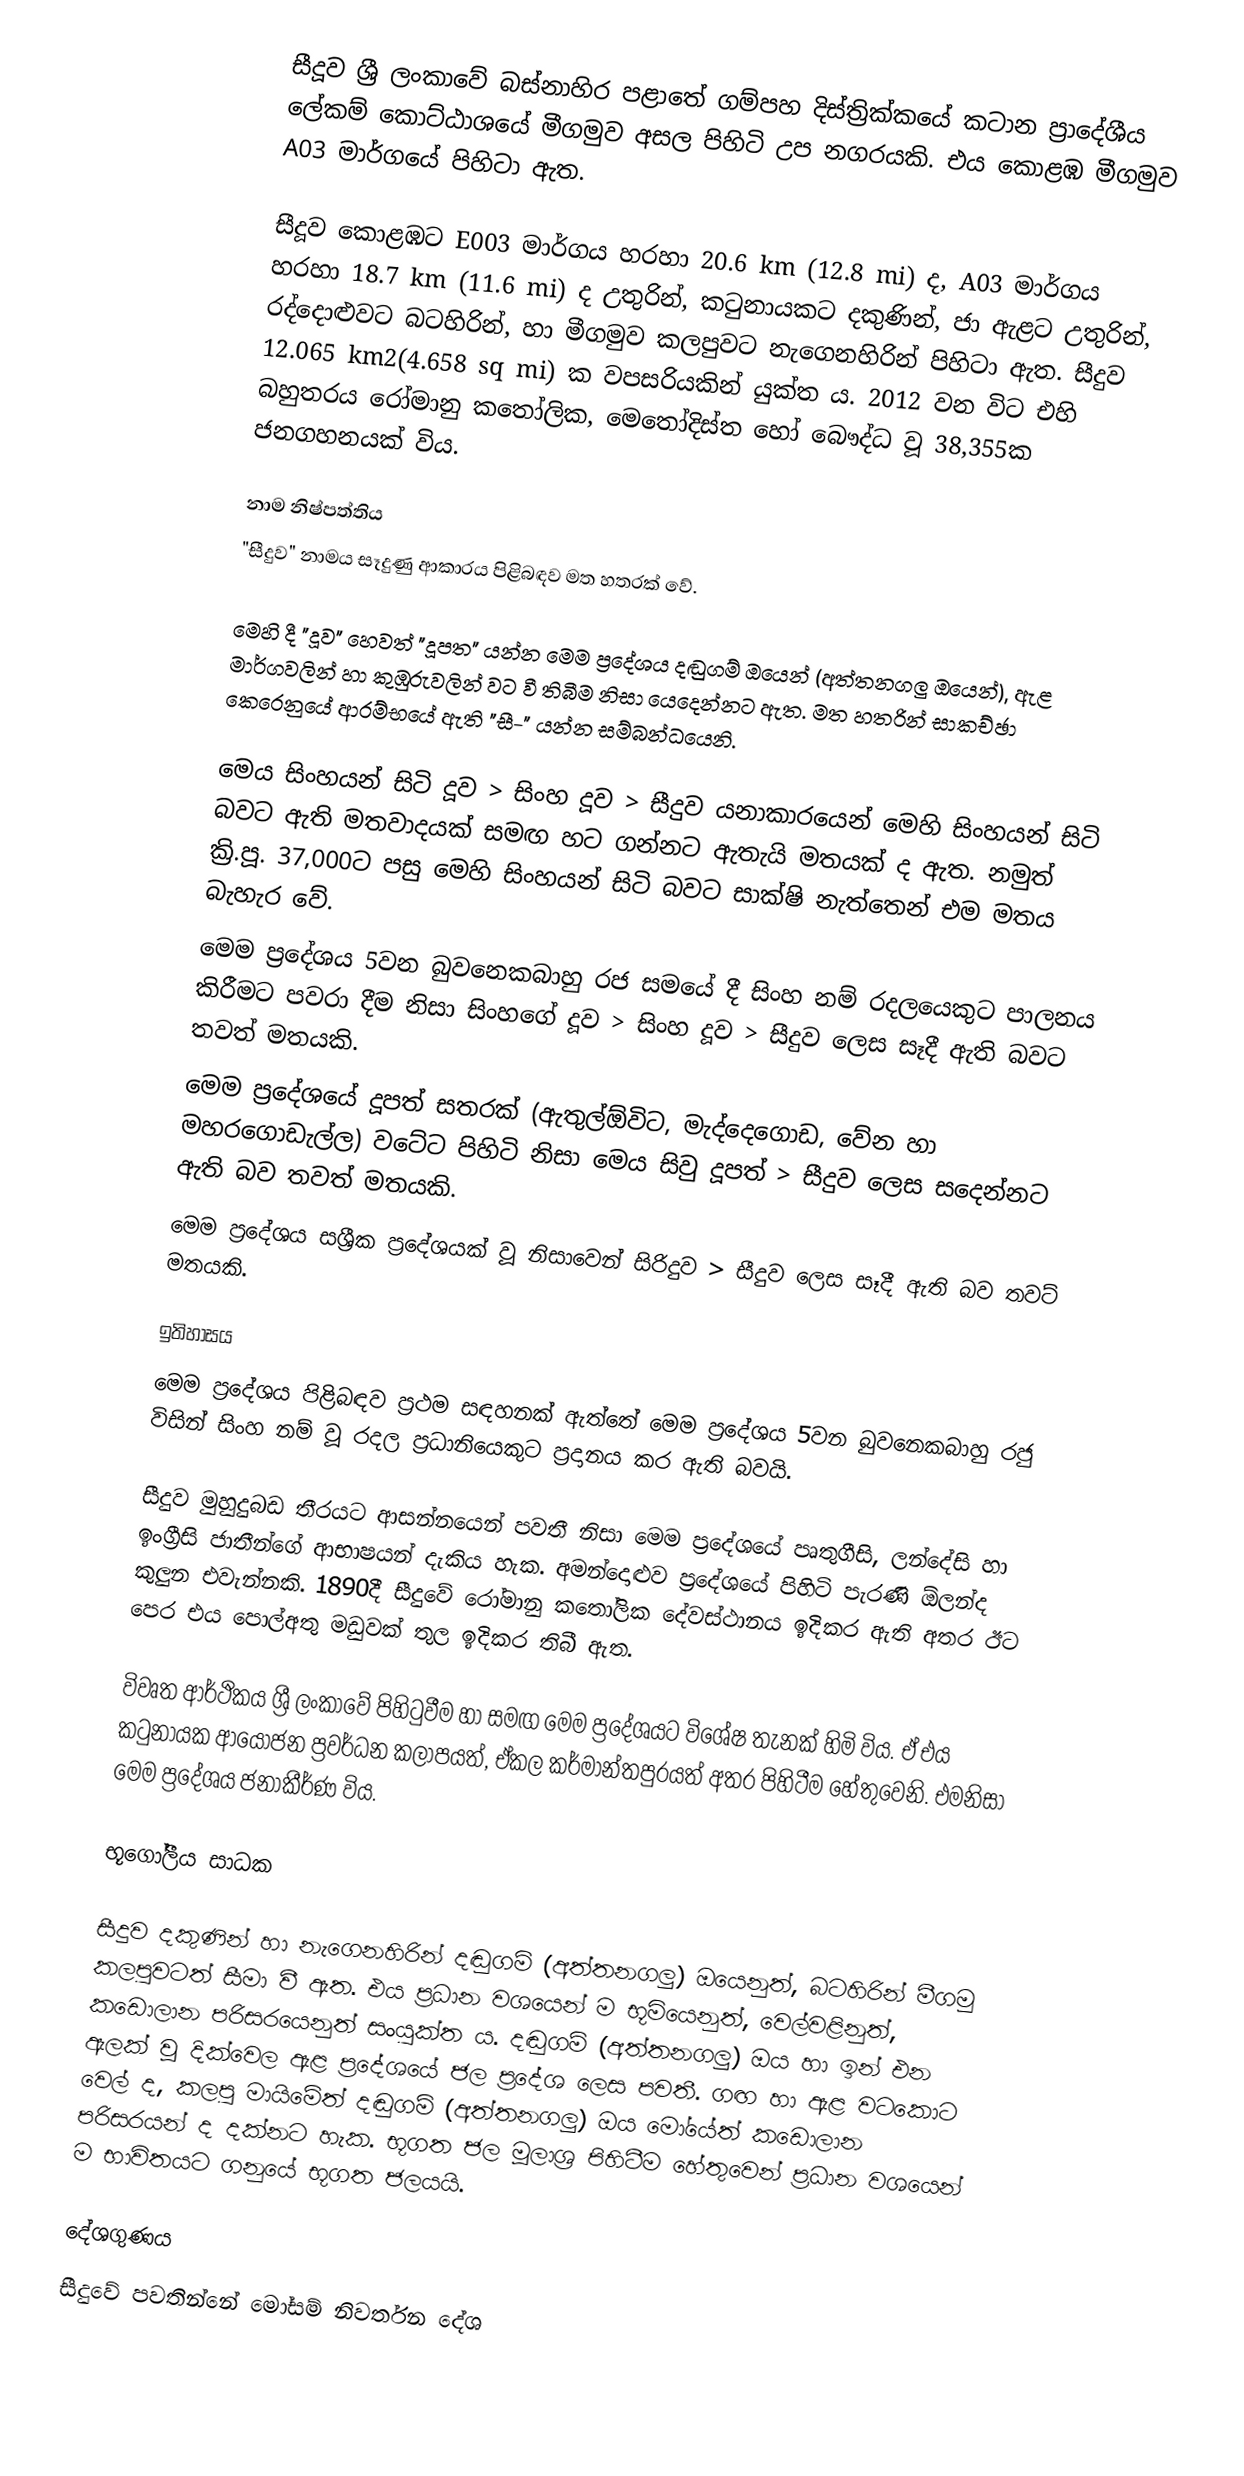
සීදූව ශ්‍රී ලංකාවේ බස්නාහිර පළාතේ ගම්පහ දිස්ත්‍රික්කයේ කටාන ප්‍රාදේශීය ලේකම් කොට්ඨාශයේ මීගමුව අසල පිහිටි උප නගරයකි. එය කොළඹ මීගමුව A03 මාර්ගයේ පිහිටා ඇත.

සීදූව කොළඹට E003 මාර්ගය හරහා 20.6 km (12.8 mi) ද, A03 මාර්ගය හරහා 18.7 km (11.6 mi) ද උතුරින්, කටුනායකට දකුණින්, ජා ඇළට උතුරින්, රද්දොළුවට බටහිරින්, හා මීගමුව කලපුවට නැගෙනහිරින් පිහිටා ඇත. සීදුව 12.065 km2(4.658 sq mi) ක වපසරියකින් යුක්ත ය. 2012 වන විට එහි බහුතරය රෝමානු කතෝලික, මෙතෝදිස්ත හෝ බෞද්ධ වූ 38,355ක ජනගහනයක් විය.

නාම නිෂ්පත්තිය
"සීදුව" නාමය සෑදුණු ආකාරය පිළිබඳව මත හතරක් වේ.

මෙහි දී "දූව" හෙවත් "දූපත" යන්න මෙම ප්‍රදේශය දඬුගම් ඔයෙන් (අත්තනගලු ඔයෙන්), ඇළ මාර්ගවලින් හා කුඹුරුවලින් වට වී තිබීම නිසා යෙදෙන්නට ඇත. මත හතරින් සාකච්ඡා කෙරෙනුයේ  ආරම්භයේ ඇති "සී-" යන්න සම්බන්ධයෙනි.

 මෙය සිංහයන් සිටි දූව > සිංහ දූව > සීදුව යනාකාරයෙන් මෙහි සිංහයන් සිටි බවට ඇති මතවාදයක් සමඟ හට ගන්නට ඇතැයි මතයක් ද ඇත. නමුත් ක්‍රි.පූ. 37,000ට පසු මෙහි සිංහයන් සිටි බවට සාක්ෂි නැත්තෙන් එම මතය බැහැර වේ.
 මෙම ප්‍රදේශය 5වන බුවනෙකබාහු රජ සමයේ දී සිංහ නම් රදලයෙකුට පාලනය කිරීමට පවරා දීම නිසා සිංහගේ දූව > සිංහ දූව > සීදුව ලෙස සෑදී ඇති බවට තවත් මතයකි.
 මෙම ප්‍රදේශයේ දූපත් සතරක් (ඇතුල්ඕවිට, මැද්දෙගොඩ, වේන හා මහරගොඩැල්ල) වටේට පිහිටි නිසා මෙය සිවු දූපත් > සීදුව ලෙස සදෙන්නට ඇති බව තවත් මතයකි.
 මෙම ප්‍රදේශය සශ්‍රීක ප්‍රදේශයක් වූ නිසාවෙන් සිරිදුව > සීදුව ලෙස සෑදී ඇති බව තවට් මතයකි.

ඉතිහාසය
මෙම ප්‍රදේශය පිළිබඳව ප්‍රථම සඳහනක් ඇත්තේ මෙම ප්‍රදේශය 5වන බුවනෙකබාහු රජු විසින් සිංහ නම් වූ රදල ප්‍රධානියෙකුට ප්‍රදානය කර ඇති බවයි.

සීදුව මුහුදුබඩ තීරයට ආසන්නයෙන් පවතී නිසා මෙම ප්‍රදේශයේ පෘතුගීසි, ලන්දේසි හා ඉංග්‍රීසි ජාතීන්ගේ ආභාෂයන් දැකිය හැක. අමන්දොළුව ප්‍රදේශයේ පිහිටි පැරණි ඕලන්ද කුලුන එවැන්නකි. 1890දී සීදුවේ රෝමානු කතෝලික දේවස්ථානය ඉදිකර ඇති අතර ඊට පෙර එය පොල්අතු මඩුවක් තුල ඉදිකර තිබී ඇත.

විවෘත ආර්ථිකය ශ්‍රී ලංකාවේ පිහිටුවීම හා සමඟ මෙම ප්‍රදේශයට විශේෂ තැනක් හිමි විය. ඒ එය කටුනායක ආයෝජන ප්‍රවර්ධන කලාපයත්, ඒකල කර්මාන්තපුරයත් අතර පිහිටීම හේතුවෙනි. එමනිසා මෙම ප්‍රදේශය ජනාකීර්ණ විය.

භූගෝලීය සාධක

සීදුව දකුණින් හා නැගෙනහිරින් දඬුගම් (අත්තනගලු) ඔයෙනුත්, බටහිරින් මීගමු කලපුවටත් සීමා වී ඇත. එය ප්‍රධාන වශයෙන් ම භූමියෙනුත්, වෙල්වළිනුත්, කඩොලාන පරිසරයෙනුත් සංයුක්ත ය. දඬුගම් (අත්තනගලු) ඔය හා ඉන් එන ඇලක් වූ දික්වෙල ඇළ ප්‍රදේශයේ ජල ප්‍රදේශ ලෙස පවතී. ගඟ හා ඇළ වටකොට වෙල් ද, කලපු මායිමේත් දඬුගම් (අත්තනගලු) ඔය මෝයේත් කඩොලාන පරිසරයන් ද දක්නට හැක. භූගත ජල මූලාශ්‍ර පිහිටීම හේතුවෙන් ප්‍රධාන වශයෙන් ම භාවිතයට ගනුයේ භූගත ජලයයි.

දේශගුණය
සීදුවේ පවතින්නේ මෝසම් නිවර්තන දේශ